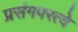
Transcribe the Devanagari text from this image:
प्रसंगपरत्वे